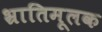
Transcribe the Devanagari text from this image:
भ्रातिमूलक